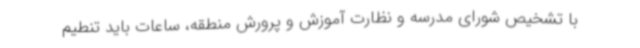
با تشخیص شورای مدرسه و نظارت آموزش و پرورش منطقه، ساعات باید تنطیم